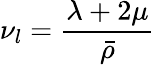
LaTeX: \nu_{l}=\frac{\lambda+2\mu}{\bar{\rho}}